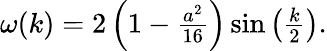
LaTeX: \begin{array}{r}{\omega(k)=2\left(1-\frac{a^{2}}{16}\right)\sin\left(\frac{k}{2}\right).}\end{array}